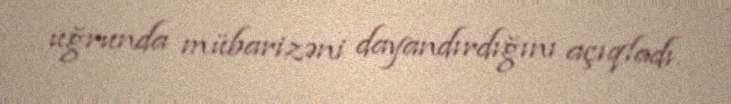
uğrunda mübarizəni dayandırdığını açıqladı.